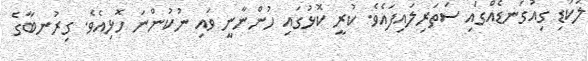
ލަކުޑި ގިއުގަނޑެއްގައި ސަތަރިލައިފައެވެ. ކުރީ ކޮޅުގައި ހުންނާނީ ވައި ނުކުންނަ ހޮޅިއެވެ. ގިރުނބާގެ